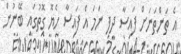
އެ ތަންތަނަށް ފައިސާ ދީފި ނަމަ އެ ފައިސާ ހެޔޮ ގޮތުގައި ބޭނުން